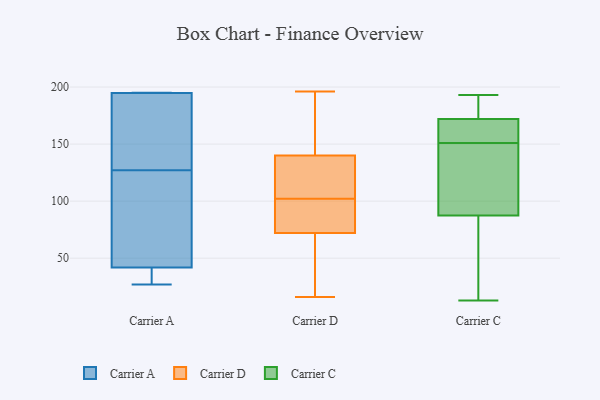
{"axis": {"x": "Revenue (USD Million)", "y": "Value"}, "legend": ["Carrier A", "Carrier C", "Carrier D"], "data": [{"x": "", "y": 194, "type": "Carrier A"}, {"x": "", "y": 40, "type": "Carrier A"}, {"x": "", "y": 127, "type": "Carrier A"}, {"x": "", "y": 177, "type": "Carrier A"}, {"x": "", "y": 36, "type": "Carrier A"}, {"x": "", "y": 195, "type": "Carrier A"}, {"x": "", "y": 102, "type": "Carrier A"}, {"x": "", "y": 195, "type": "Carrier A"}, {"x": "", "y": 27, "type": "Carrier A"}, {"x": "", "y": 195, "type": "Carrier A"}, {"x": "", "y": 47, "type": "Carrier A"}, {"x": "", "y": 16, "type": "Carrier D"}, {"x": "", "y": 101, "type": "Carrier D"}, {"x": "", "y": 103, "type": "Carrier D"}, {"x": "", "y": 196, "type": "Carrier D"}, {"x": "", "y": 140, "type": "Carrier D"}, {"x": "", "y": 72, "type": "Carrier D"}, {"x": "", "y": 29, "type": "Carrier D"}, {"x": "", "y": 165, "type": "Carrier D"}, {"x": "", "y": 123, "type": "Carrier D"}, {"x": "", "y": 94, "type": "Carrier D"}, {"x": "", "y": 174, "type": "Carrier C"}, {"x": "", "y": 191, "type": "Carrier C"}, {"x": "", "y": 35, "type": "Carrier C"}, {"x": "", "y": 13, "type": "Carrier C"}, {"x": "", "y": 141, "type": "Carrier C"}, {"x": "", "y": 170, "type": "Carrier C"}, {"x": "", "y": 122, "type": "Carrier C"}, {"x": "", "y": 168, "type": "Carrier C"}, {"x": "", "y": 72, "type": "Carrier C"}, {"x": "", "y": 103, "type": "Carrier C"}, {"x": "", "y": 193, "type": "Carrier C"}, {"x": "", "y": 161, "type": "Carrier C"}]}